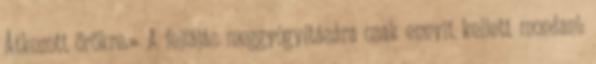
Átkozott örökre.» A fejfájás meggyógyítására csak ennyit kellett mondani: